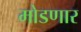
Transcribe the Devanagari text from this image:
मोडणार